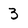
Character: 3